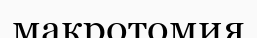
макротомия